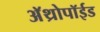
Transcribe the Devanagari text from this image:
अॅथ्रोपॉईड